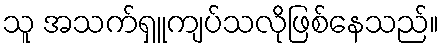
သူ အသက်ရှူကျပ်သလိုဖြစ်နေသည်။